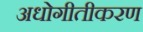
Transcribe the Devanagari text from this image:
अधोगीतीकरण